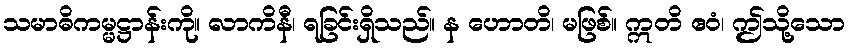
သမာဓိကမ္မဋ္ဌာန်းကို။ လာကိနီ၊ ရခြင်းရှိသည်။ န ဟောတိ၊ မဖြစ်။ ဣတိ ဧဝံ၊ ဤသို့သော